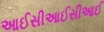
આઈસીઆઈસીઆઈ